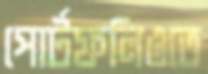
পোর্টফলিওতে